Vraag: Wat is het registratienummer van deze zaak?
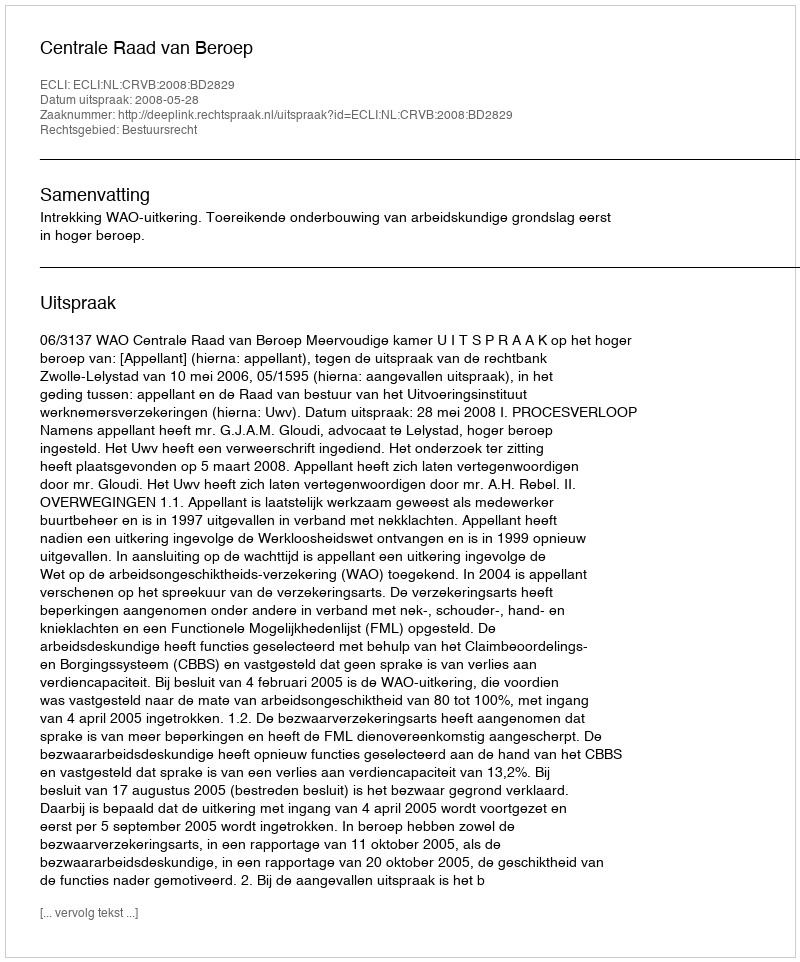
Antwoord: http://deeplink.rechtspraak.nl/uitspraak?id=ECLI:NL:CRVB:2008:BD2829